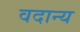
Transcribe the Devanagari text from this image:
वदान्य